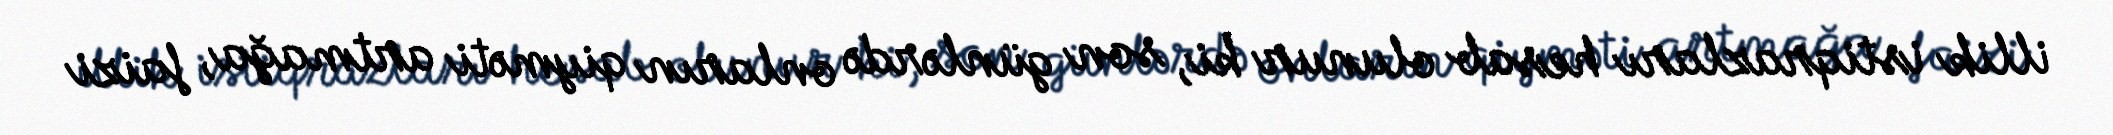
illik istiqrazları hesab olunur ki, son günlərdə onların qiyməti artmağa, faizi